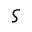
\varsigma